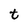
Character: t